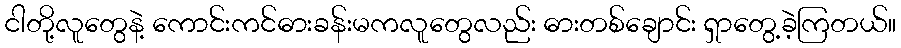
ငါတို့လူတွေနဲ့ ကောင်းကင်ဓားခန်းမကလူတွေလည်း ဓားတစ်ချောင်း ရှာတွေ့ခဲ့ကြတယ်။